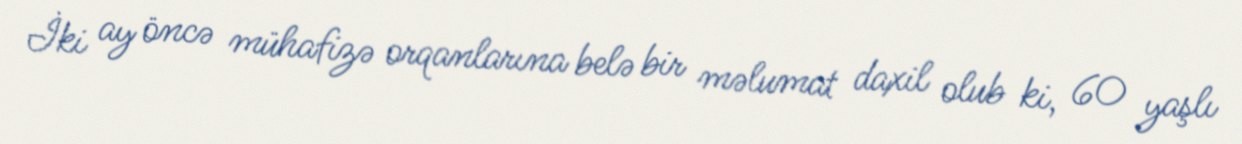
İki ay öncə mühafizə orqanlarına belə bir məlumat daxil olub ki, 60 yaşlı